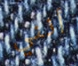
أنني